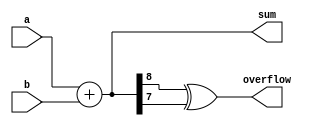
module parameterized_adder #(
    parameter N = 8  // Default bit-width is 8 bits
)(
    input  [N-1:0] a,  // N-bit input a
    input  [N-1:0] b,  // N-bit input b
    output [N:0] sum,   // (N+1)-bit output sum
    output overflow      // Overflow indicator
);

    assign sum = a + b;  // Perform addition
    assign overflow = (sum[N] ^ sum[N-1]);  // Detect overflow for unsigned addition

endmodule